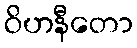
ဝိဟနီတော